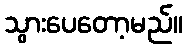
သွားပေတော့မည်။